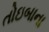
તોઇબાના